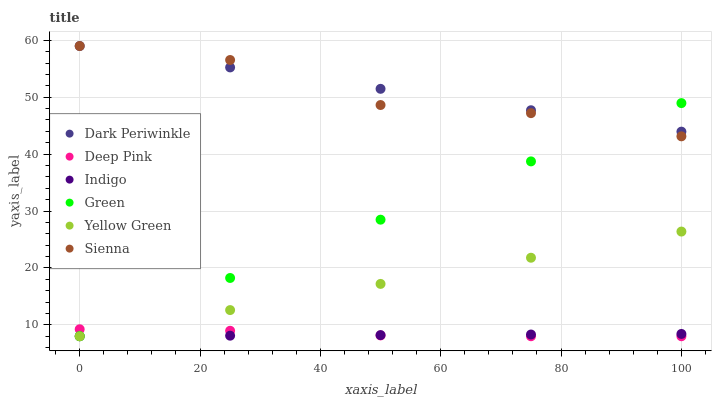
| xaxis_label | Dark Periwinkle | Deep Pink | Indigo | Green | Yellow Green | Sienna |
 | --- | --- | --- | --- | --- | --- | --- |
 | 0 | 59 | 9.23 | 8 | 8 | 8 | 59 |
 | 25 | 55.2 | 8.96 | 8.1 | 18.2 | 12.6 | 56.5 |
 | 50 | 51.5 | 8.15 | 8.2 | 28.5 | 17.2 | 48.6 |
 | 75 | 47.7 | 8 | 8.3 | 38.7 | 21.8 | 47.2 |
 | 100 | 44 | 8 | 8.41 | 49 | 26.4 | 43.1 |